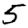
Digit: 5